Annual report on the working of the lock hospitals in the Central Provinces
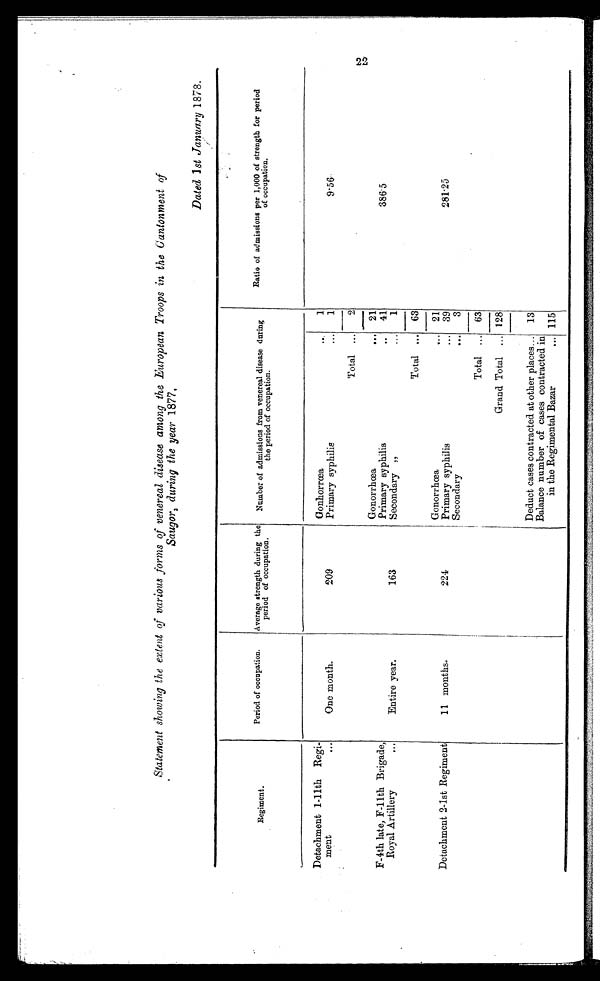
Statement showing the extent of various forms of venereal disease among the European Troops in the Cantonment of
Saugor, during the year 1877,
Dated 1st January 1878.
R e g i m e n t .
Period of occupation. Average strength during the
period of occupation.
Number of admissions from venereal disease during
the period of occupation.
period
Ratio of admissions per 1,000 of strength for perio
d o f o c c u p a t i o n .
Detachment 1-11th Regi-
ment
. .
.
Gonhorrœa
. .
1
One month.
209
Primary syphilis
... 1
9.56
Total ... 2
Gonorrhœa
. . . 21
F-4th late, F-11th Brigade,
Royal Artillery
...
Primary syphilis
.. 41
386.5
Entire year.
163
Secondary ,,
... 1
Total ... 63
Gonorrhœa
... 21
Detachment 2-1st Regiment
11 months..
224
Primary syphilis
... 39
281.25
Secondary
... 3
Total ... 63
Grand Total ... 128
Deduct cases contracted at other places... 13
Balance number of cases contracted in
in the Regimental Bazar
115
•